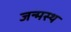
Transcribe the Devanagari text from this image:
जन्मस्थ